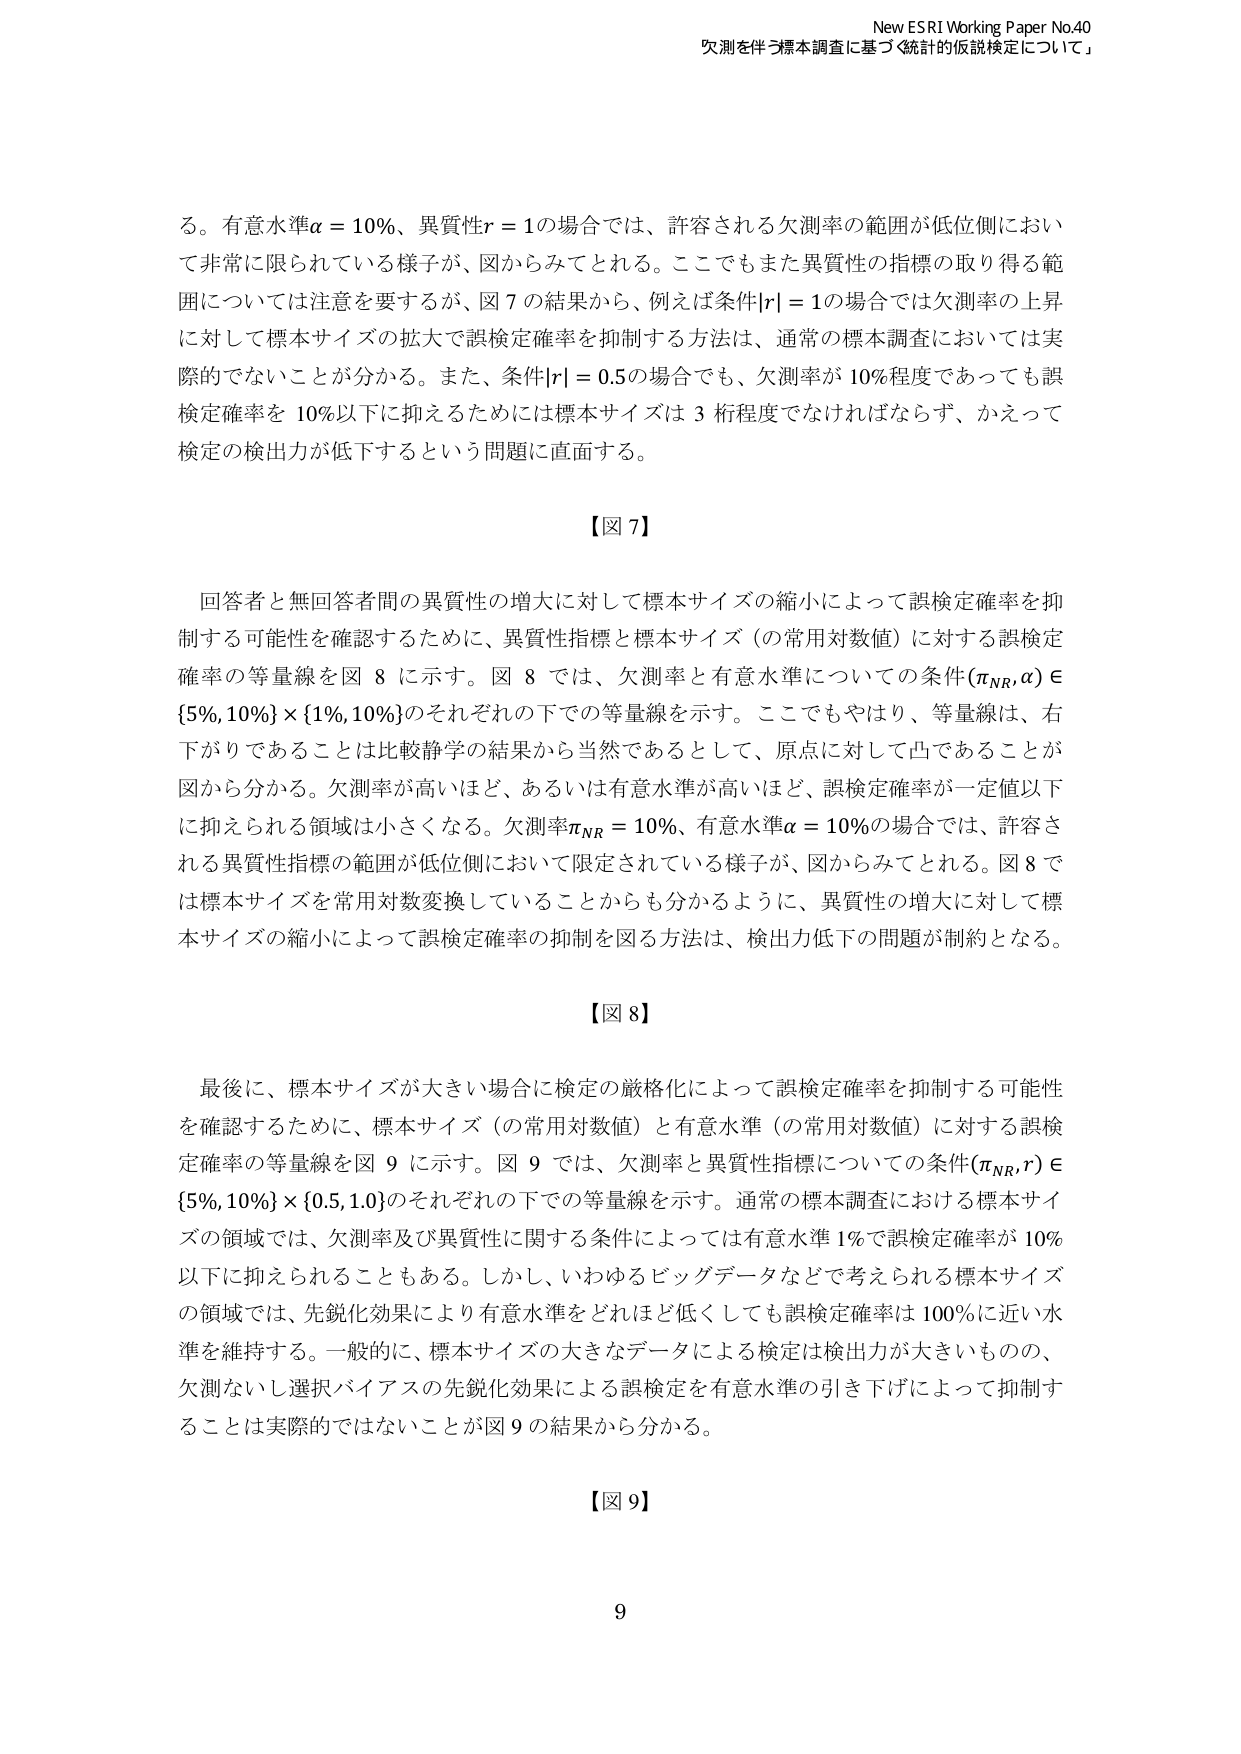
New ESRI Working Paper No.40
欠測を伴う標本調査に基づく統計的仮説検定について」

る。有意水準α = 10%、異質性r = 1の場合では、許容される欠測率の範囲が低位側において非常に限られている様子が、図からみてとれる。ここでもまた異質性の指標の取り得る範囲については注意を要するが、図7の結果から、例えば条件|r| = 1の場合では欠測率の上昇に対して標本サイズの拡大で誤検定確率を抑制する方法は、通常の標本調査においては実際的でないことが分かる。また、条件|r| = 0.5の場合でも、欠測率が10%程度であっても誤検定確率を10%以下に抑えるためには標本サイズは3桁程度でなければならず、かえって検定の検出力が低下するという問題に直面する。

【図7】

回答者と無回答者間の異質性の増大に対して標本サイズの縮小によって誤検定確率を抑制する可能性を確認するために、異質性指標と標本サイズ（の常用対数値）に対する誤検定確率の等量線を図8に示す。図8では、欠測率と有意水準についての条件(πNR, α) ∈ {5%, 10%} × {1%, 10%}のそれぞれの下での等量線を示す。ここでもやはり、等量線は、右下がりであることは比較静学の結果から当然であるとして、原点に対して凸であることが図から分かる。欠測率が高いほど、あるいは有意水準が高いほど、誤検定確率が一定値以下に抑えられる領域は小さくなる。欠測率πNR = 10%、有意水準α = 10%の場合では、許容される異質性指標の範囲が低位側において限定されている様子が、図からみてとれる。図8では標本サイズを常用対数変換していることからも分かるように、異質性の増大に対して標本サイズの縮小によって誤検定確率の抑制を図る方法は、検出力低下の問題が制約となる。

【図8】

最後に、標本サイズが大きい場合に検定の厳格化によって誤検定確率を抑制する可能性を確認するために、標本サイズ（の常用対数値）と有意水準（の常用対数値）に対する誤検定確率の等量線を図9に示す。図9では、欠測率と異質性指標についての条件(πNR, r) ∈ {5%, 10%} × {0.5, 1.0}のそれぞれの下での等量線を示す。通常の標本調査における標本サイズの領域では、欠測率及び異質性に関する条件によっては有意水準1%で誤検定確率が10%以下に抑えられることもある。しかし、いわゆるビッグデータなどで考えられる標本サイズの領域では、先鋭化効果により有意水準をどれほど低くしても誤検定確率は100%に近い水準を維持する。一般的に、標本サイズの大きなデータによる検定は検出力が大きいものの、欠測ないし選択バイアスの先鋭化効果による誤検定を有意水準の引き下げによって抑制することは実際的ではないことが図9の結果から分かる。

【図9】

9